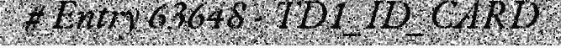
# Entry 63648 - TD1_ID_CARD